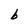
Character: b